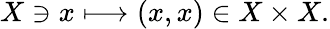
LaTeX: X\ni x\longmapsto(x,x)\in X\times X.